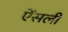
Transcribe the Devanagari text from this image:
ऐंसली